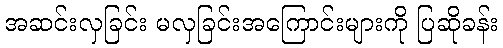
အဆင်းလှခြင်း မလှခြင်းအကြောင်းများကို ပြဆိုခန်း